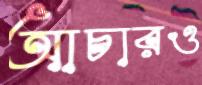
আচারও